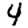
Digit: 4